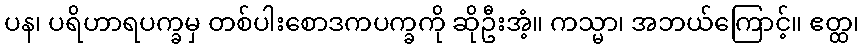
ပန၊ ပရိဟာရပက္ခမှ တစ်ပါးစောဒကပက္ခကို ဆိုဦးအံ့။ ကသ္မာ၊ အဘယ်ကြောင့်။ ဧတ္ထ၊